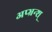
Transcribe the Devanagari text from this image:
अप्भ्रन्श्